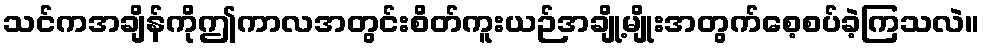
သင်ကအချိန်ကိုဤကာလအတွင်းစိတ်ကူးယဉ်အချို့မျိုးအတွက်စေ့စပ်ခဲ့ကြသလဲ။